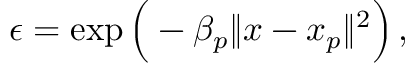
\epsilon = \exp \Big ( - \beta _ { p } \| x - x _ { p } \| ^ { 2 } \Big ) \, ,